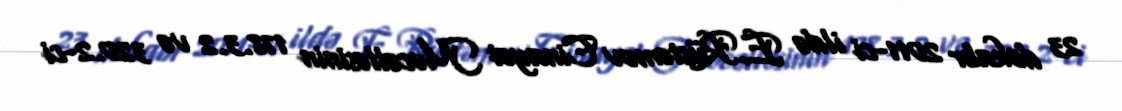
23 dekabr 2011-ci ildə E.Rüstəmov Cinayət Məcəlləsinin 178.3.2 və 320.2-ci